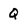
Character: Q